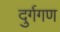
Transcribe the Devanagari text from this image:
दुर्गगण